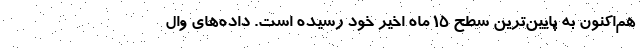
هم‌اکنون به پایین‌ترین سطح ۱۵ ماه اخیر خود رسیده است. داده‌های وال